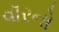
વૉરનો